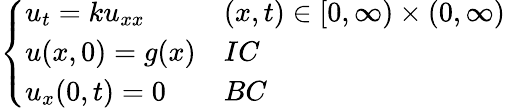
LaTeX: \left\{ \begin{array}{ll}{u_{t}=ku_{xx}}&{(x,t)\in[0,\infty)\times(0,\infty)}\\ {u(x,0)=g(x)}&{IC}\\ {u_{x}(0,t)=0}&{BC}\end{array}\right.